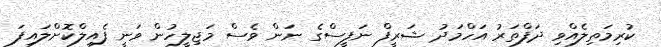
ކުރިމަތިލެއްވި ދަފްތަރު އަހްމަދު ޝަރީފް ނަފީސްގެ ނަން ވެސް މަޖިލީހުން ވަނީ ފެއިލްކޮށްލައިފަ